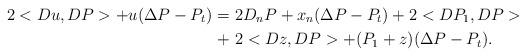
LaTeX: \begin{align*}2<Du,DP> + u(\Delta P -P_t) =\ & 2 D_n P + x_n(\Delta P - P_t) + 2 <DP_1,DP>\\+\ & 2 <Dz,DP> + (P_1 + z)(\Delta P -P_t).\end{align*}